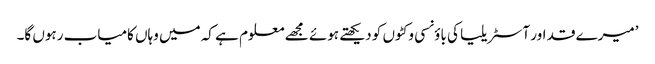
’میرے قد اور آسٹریلیا کی باؤنسی وکٹوں کو دیکھتے ہوئے مجھے معلوم ہے کہ میں وہاں کامیاب رہوں گا۔